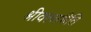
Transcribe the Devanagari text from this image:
श्रीवल्लभेति